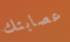
عصابتك